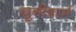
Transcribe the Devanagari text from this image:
यूनीफार्म